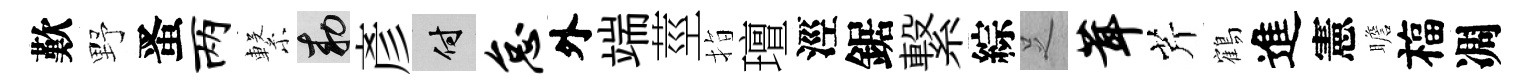
歎野󱉠两繋敕彥付怠外端莖指璮涇鋸繋綜𠯁茸芹鶴進憲瞻福凋